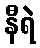
နီရဲ